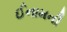
ઈનામની